38_143685_box_Incident_Summaries_173-233
Agency: Department of War
Page 19
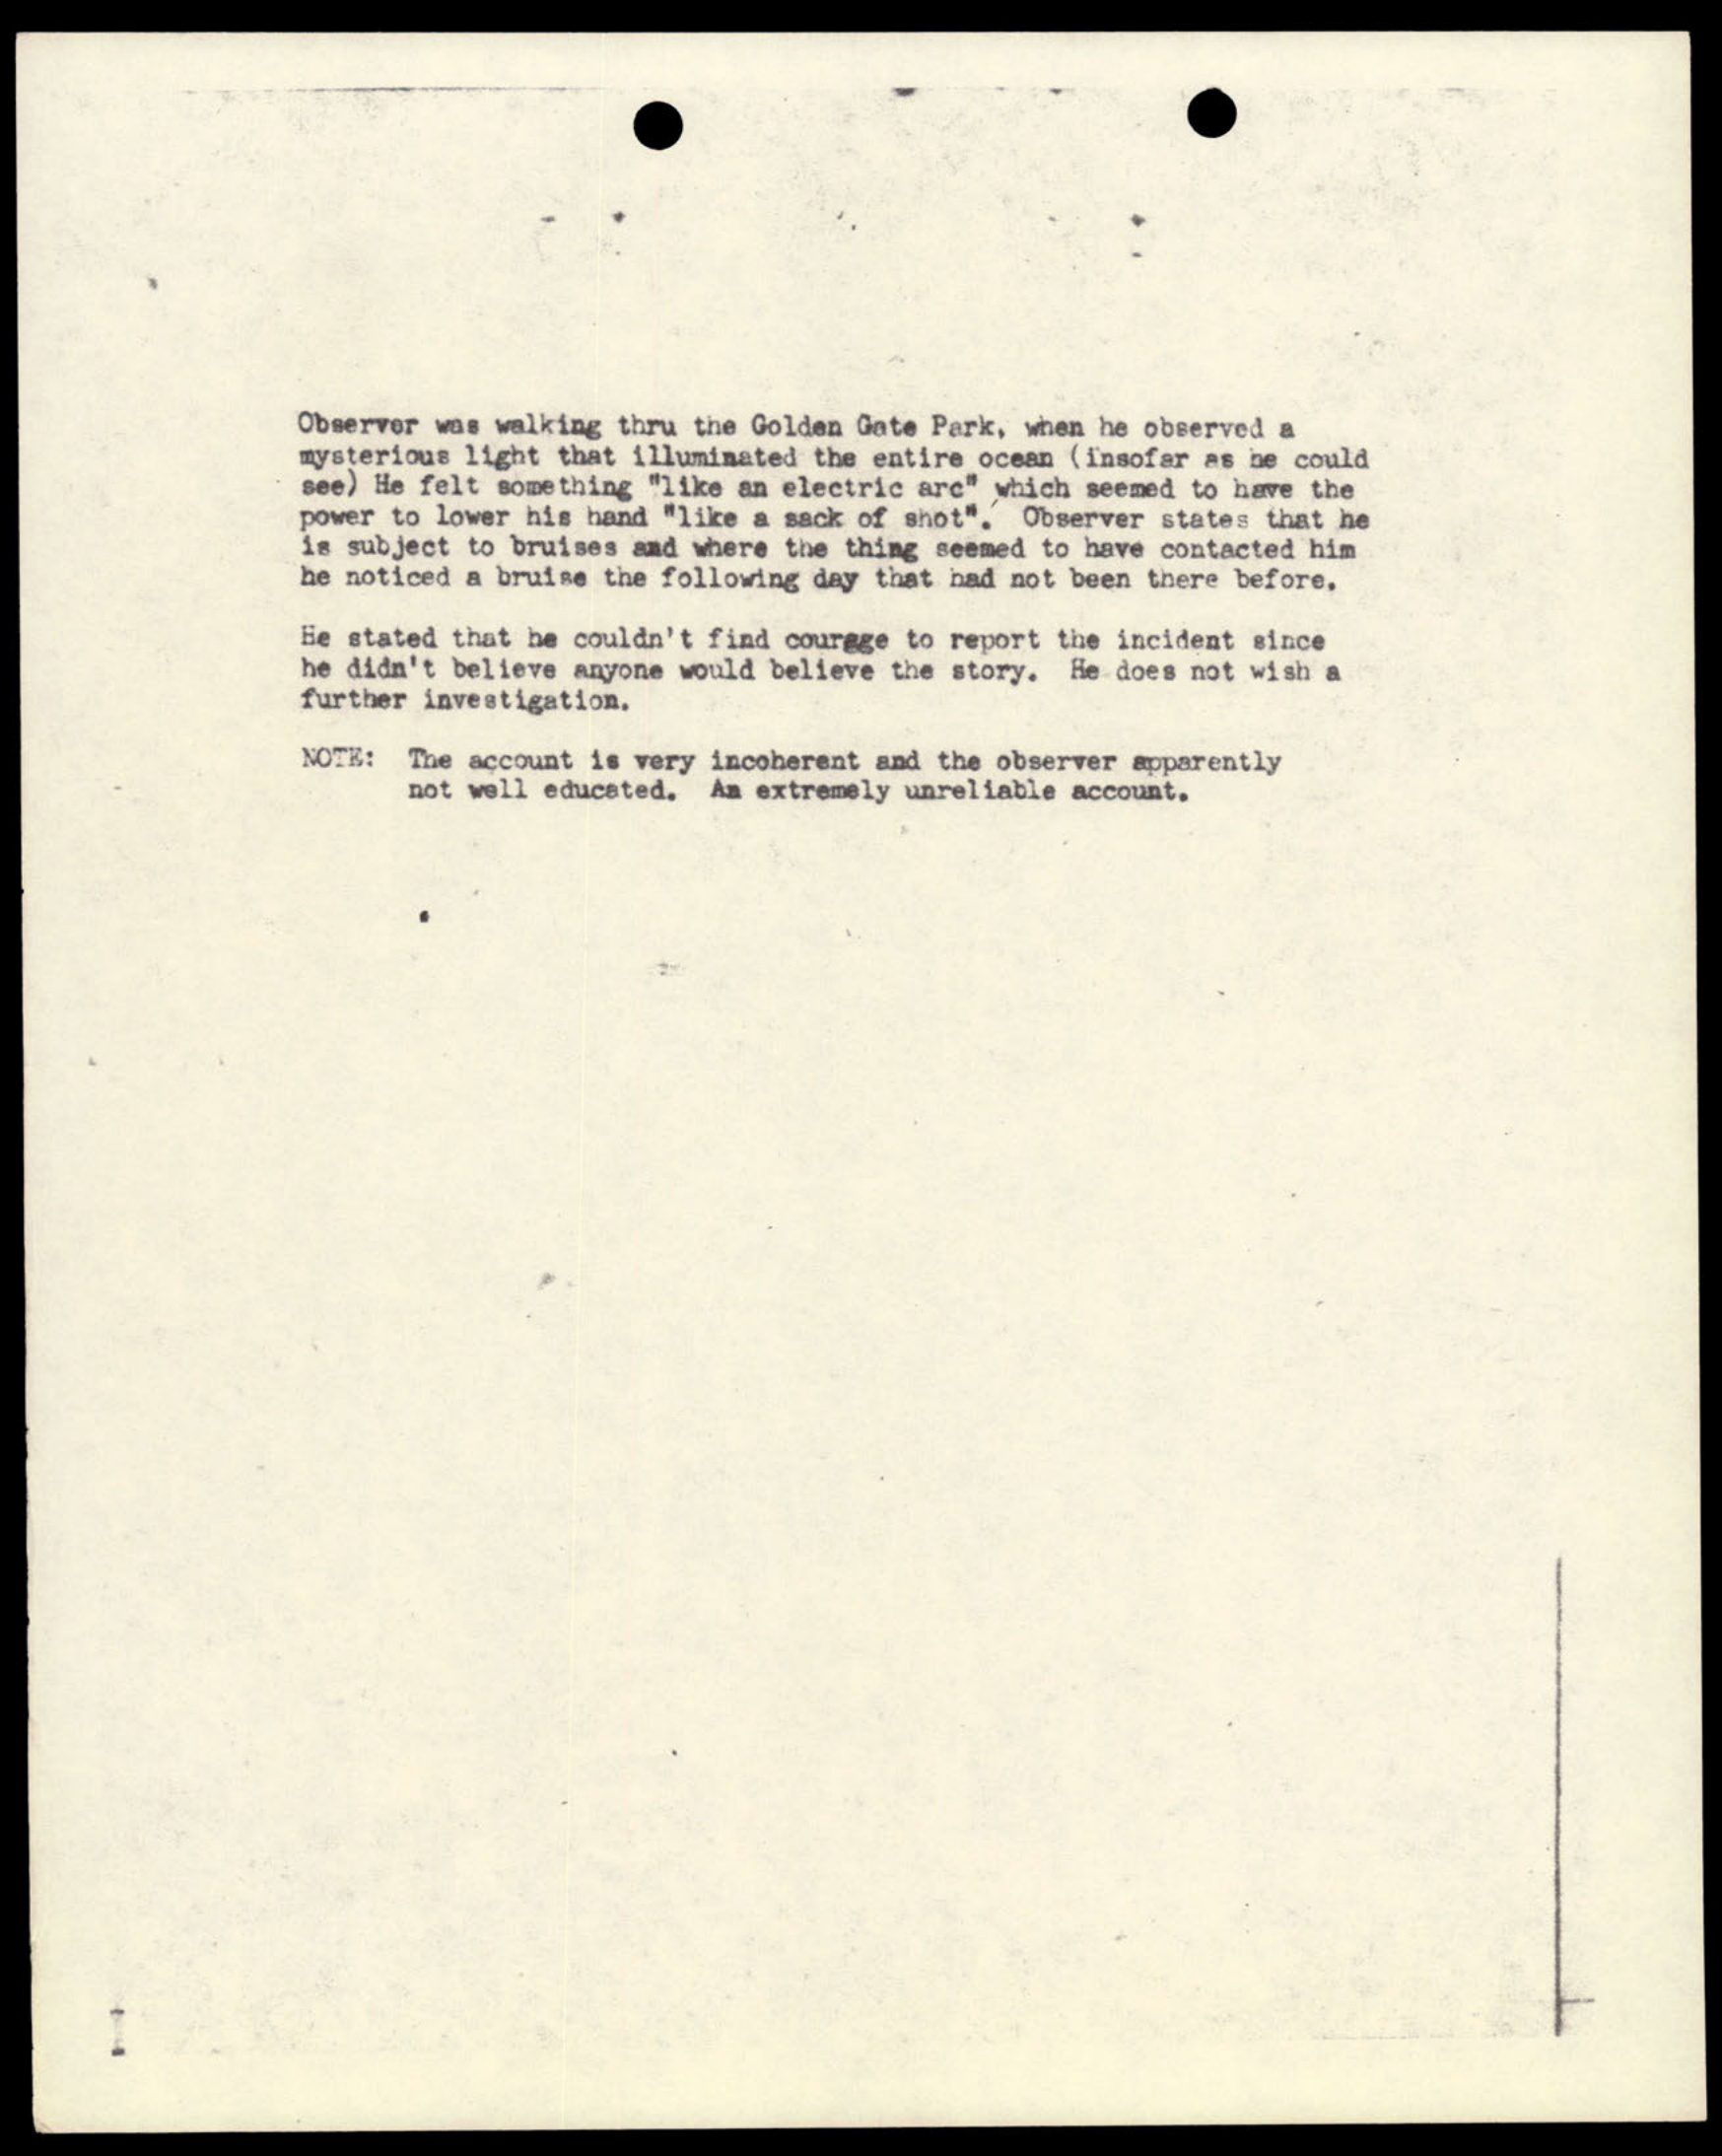